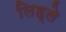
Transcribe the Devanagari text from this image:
लिह्ले